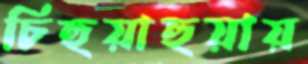
চিহুয়াহুয়ায়